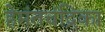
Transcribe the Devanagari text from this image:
हेमंतचंद्रिका